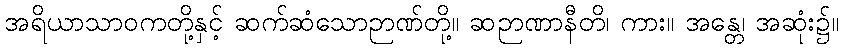
အရိယာသာဝကတို့နှင့် ဆက်ဆံသောဉာဏ်တို့။ ဆဉာဏာနီတိ၊ ကား။ အန္တေ၊ အဆုံး၌။